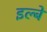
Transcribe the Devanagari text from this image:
इल्बे